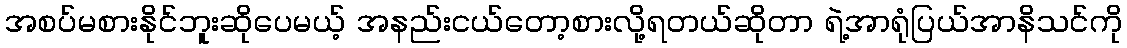
အစပ်မစားနိုင်ဘူးဆိုပေမယ့် အနည်းငယ်တော့စားလို့ရတယ်ဆိုတာ ရဲ့အာရုံပြယ်အာနိသင်ကို